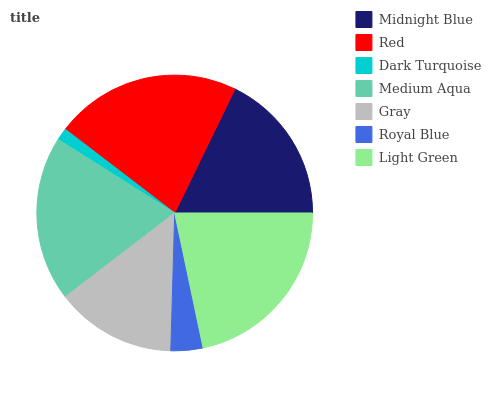
| Midnight Blue | Red | Dark Turquoise | Medium Aqua | Gray | Royal Blue | Light Green |
 | --- | --- | --- | --- | --- | --- | --- |
 | 17.8% | 21.8% | 1.43% | 19.4% | 14.1% | 3.76% | 21.6% |